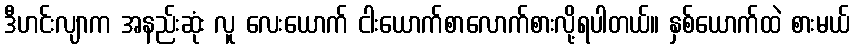
ဒီဟင်းလျာက အနည်းဆုံး လူ လေးယောက် ငါးယောက်စာလောက်စားလို့ရပါတယ်။ နှစ်ယောက်ထဲ စားမယ်